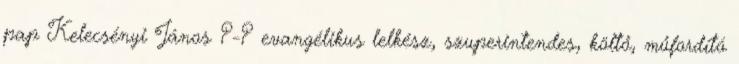
pap Kelecsényi János ?-? evangélikus lelkész, szuperintendes, költő, műfordító